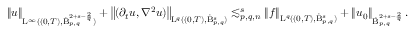
\begin{array} { r } { \left\lVert u \right\rVert _ { \mathrm { L } ^ { \infty } ( ( 0 , T ) , \dot { \mathrm { B } } _ { p , q } ^ { 2 + s - \frac { 2 } { q } } ) } + \left\lVert ( \partial _ { t } u , \nabla ^ { 2 } u ) \right\rVert _ { \mathrm { L } ^ { q } ( ( 0 , T ) , \dot { \mathrm { B } } _ { p , q } ^ { s } ) } \lesssim _ { p , q , n } ^ { s } \left\lVert f \right\rVert _ { \mathrm { L } ^ { q } ( ( 0 , T ) , \dot { \mathrm { B } } _ { p , q } ^ { s } ) } + \left\lVert u _ { 0 } \right\rVert _ { \dot { \mathrm { B } } _ { p , q } ^ { 2 + s - \frac { 2 } { q } } } . } \end{array}